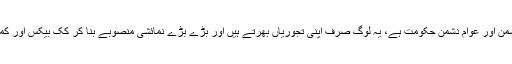
ان کا کہنا تھا کہ مسلم لیگ (ن) کی حکومت مزدور دشمن، غریب دشمن اور عوام دشمن حکومت ہے، یہ لوگ صرف اپنی تجوریاں بھرتے ہیں اور بڑے بڑے نمائشی منصوبے بنا کر کک بیکس اور کمیشن وصول کرتے ہیں اور پھر کہتے ہیں کہ ملک ترقی کر رہا ہے۔